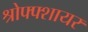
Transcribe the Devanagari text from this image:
श्रोफ्फ्शायर